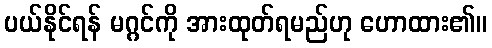
ပယ်နိုင်ရန် မဂ္ဂင်ကို အားထုတ်ရမည်ဟု ဟောထား၏။